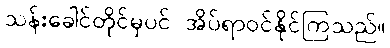
သန်းခေါင်တိုင်မှပင် အိပ်ရာဝင်နိုင်ကြသည်။